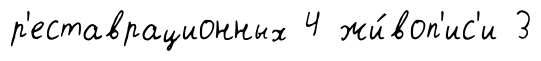
р'еставрационных 4 жи́воп'ис'и 3